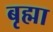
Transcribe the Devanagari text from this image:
बृह्मा